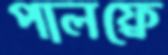
পালফ্রে